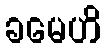
ခမေဟိ